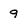
Character: 9